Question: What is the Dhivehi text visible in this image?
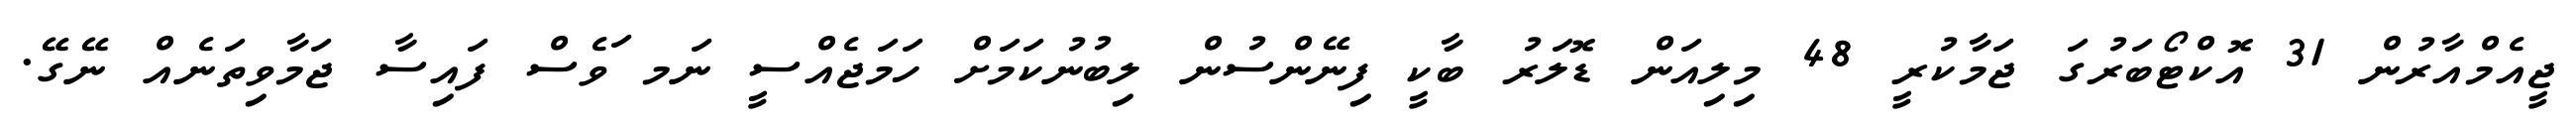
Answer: ޖީއެމްއާރުން 31 އޮކްޓޯބަރުގަ ޖަމާކުރީ 48 މިލިއަން ޑޮލަރު ބާކީ ފިނޭންސުން ލިބުނުކަމަށް ހަމަޖެއްސީ ނަމ ަވެސް ފައިސާ ޖަމާވިތަނެއް ނޭގޭ.